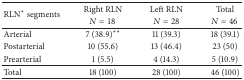
| <ROWSPAN=2> RLN∗ segments | Right RLN | Left RLN | Total |
 | N = 18 | N = 28 | N = 46 |
 | --- | --- | --- | --- |
 | Arterial | 7 (38.9)∗∗ | 11 (39.3) | 18 (39.1) |
 | Postarterial | 10 (55.6) | 13 (46.4) | 23 (50) |
 | Prearterial | 1 (5.5) | 4 (14.3) | 5 (10.9) |
 | Total | 18 (100) | 28 (100) | 46 (100) |